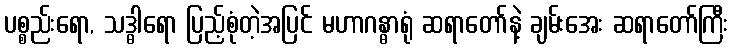
ပစ္စည်းရော, သဒ္ဓါရော ပြည့်စုံတဲ့အပြင် မဟာဂန္ဓာရုံ ဆရာတော်နဲ့ ချမ်းအေး ဆရာတော်ကြီး